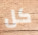
كل